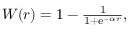
\begin{array} { r } { W ( r ) = 1 - \frac { 1 } { 1 + \mathrm { e } ^ { - \alpha r } } , } \end{array}